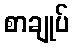
စာချုပ်